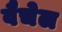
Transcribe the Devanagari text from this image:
वैचेल